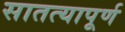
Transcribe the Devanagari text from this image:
सातत्यापूर्ण